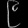
Digit: ၉